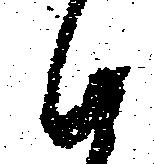
候